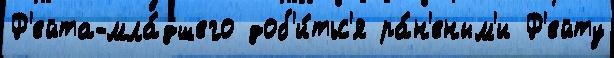
Ф'ейта-мла́дшего доб'и́тьс'я ра́н'еным'и Ф'ейту